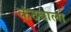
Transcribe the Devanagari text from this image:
कंठवाला